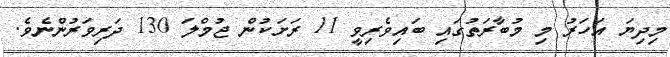
މިދިޔަ އަހަރު މި މުބާރަތުގައި ބައިވެރިވީ 11 ރަށަކުން ޖުމްލަ 130 ދަރިވަރުންނެވެ.